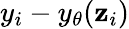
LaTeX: y_{i}-y_{\theta}(\mathbf{z}_{i})